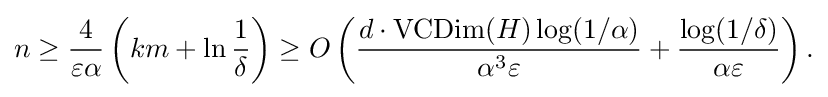
n\geq {\frac {4}{\varepsilon \alpha }}\left(km+\ln {\frac {1}{\delta }}\right)\geq O\left({\frac {d\cdot \operatorname {VCDim} (H)\log(1/\alpha )}{\alpha ^{3}\varepsilon }}+{\frac {\log(1/\delta )}{\alpha \varepsilon }}\right).\,\!